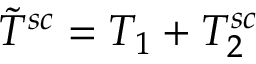
\tilde { T } ^ { s c } = T _ { 1 } + T _ { 2 } ^ { s c }